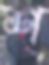
শ্